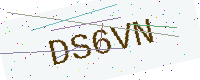
Text: DS6VN